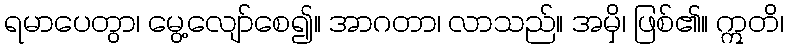
ရမာပေတွာ၊ မွေ့လျော်စေ၍။ အာဂတာ၊ လာသည်။ အမှိ၊ ဖြစ်၏။ ဣတိ၊